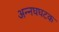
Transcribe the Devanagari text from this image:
अन्नघघटक